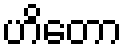
ဟိတော